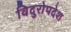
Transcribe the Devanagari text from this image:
विदुरोपदेश